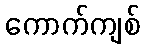
ကောက်ကျစ်